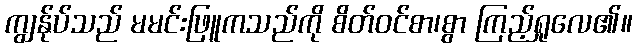
ကျွန်ုပ်သည် မမင်းဖြူကသည်ကို စိတ်ဝင်စာ၊စွာ ကြည့်ရှုလေ၏။